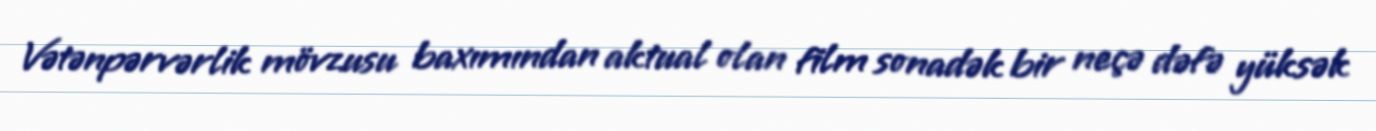
Vətənpərvərlik mövzusu baxımından aktual olan film sonadək bir neçə dəfə yüksək